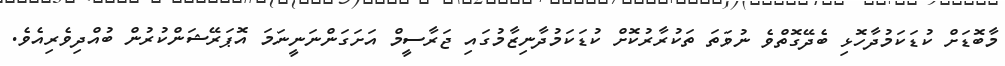
މާބޮޑަށް ކުޑަކަމުދާހޮޅި ބެދޭގޮތްވެ ނުވަތަ ތަކުރާރުކޮށް ކުޑަކަމުދާނިޒާމުގައި ޖަރާސީމް އަށަގަންނަނީނަމަ އޮޕަރޭޝަންކުރުން ބުއްދިވެރިއެވެ.